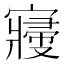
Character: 𡫒